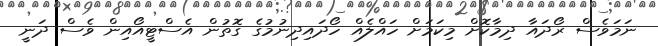
ނަމަވެސް ރޯދައާ ދިމާކޮށް މިކަމަށް ހައްލެއް ހޯދައިދިނުމުގެ ގޮތުން އެސްޓީއޯއިން ވެސް ދަނީ